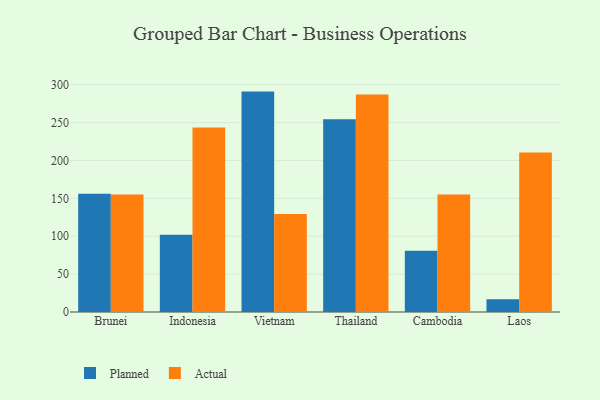
{"axis": {"x": "Country", "y": "Bounce Rate (%)"}, "legend": ["Actual", "Planned"], "data": [{"x": "Brunei", "y": 156.1, "type": "Planned"}, {"x": "Brunei", "y": 155.1, "type": "Actual"}, {"x": "Indonesia", "y": 101.9, "type": "Planned"}, {"x": "Indonesia", "y": 243.6, "type": "Actual"}, {"x": "Vietnam", "y": 291.0, "type": "Planned"}, {"x": "Vietnam", "y": 129.4, "type": "Actual"}, {"x": "Thailand", "y": 254.5, "type": "Planned"}, {"x": "Thailand", "y": 287.1, "type": "Actual"}, {"x": "Cambodia", "y": 80.8, "type": "Planned"}, {"x": "Cambodia", "y": 155.2, "type": "Actual"}, {"x": "Laos", "y": 16.7, "type": "Planned"}, {"x": "Laos", "y": 210.7, "type": "Actual"}]}